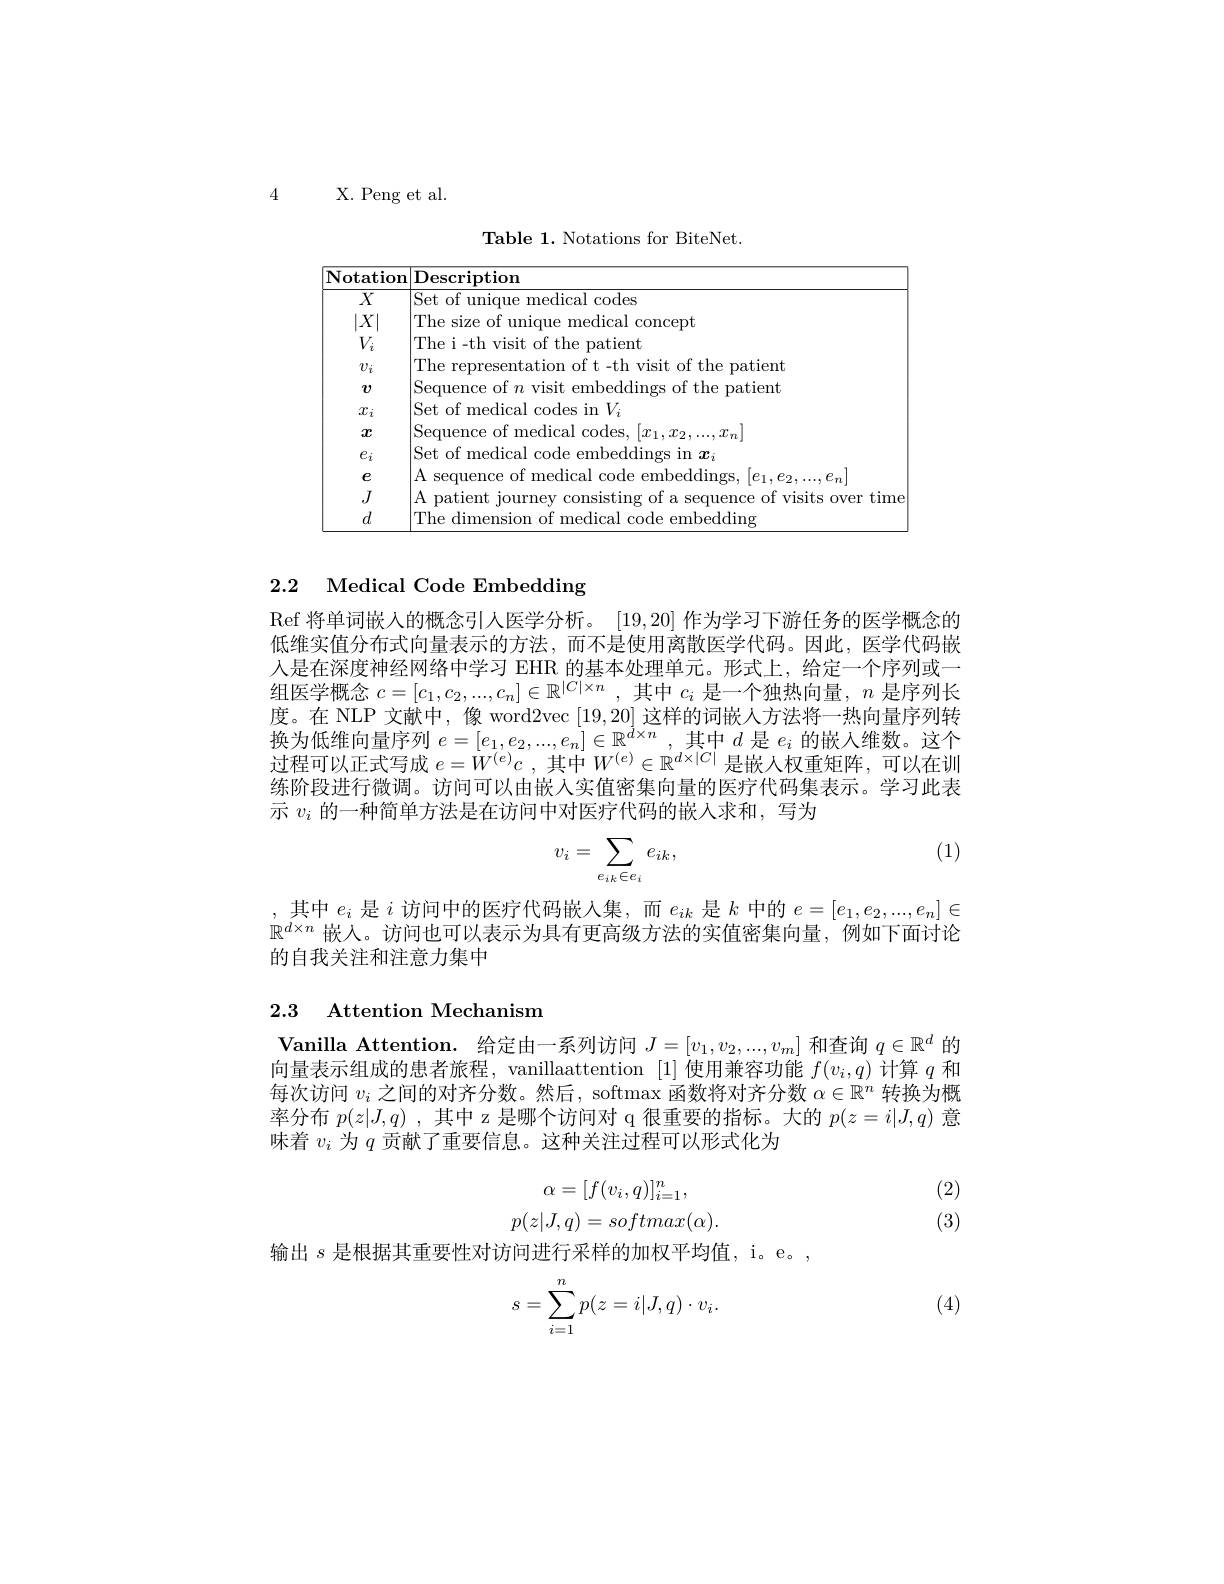
4

X. Peng et al.

Table 1. Notations for BiteNet.

<table>
	<tbody>
		<tr>
			<th>Notation</th>
			<th>Description</th>
		</tr>
		<tr>
			<td>$\overline{X}$</td>
			<td>Set of unique medica ${\mathrm{l~codes}}$</td>
		</tr>
		<tr>
			<td>$|X$</td>
			<td>The size $\operatorname{concept}$</td>
		</tr>
		<tr>
			<td>$V_{i}$</td>
			<td>The i-th visit ofthe patient</td>
		</tr>
		<tr>
			<td>$v_i$</td>
			<td>Th$\epsilon$ ntation of t. $\pm$th 71511 of the patient</td>
		</tr>
		<tr>
			<td>$v$</td>
			<td>sequenc V1s11 $\operatorname{ddings}$ of the patient</td>
		</tr>
		<tr>
			<td>$x_i$</td>
			<td>Set of medical codes in $V_{i}$</td>
		</tr>
		<tr>
			<td>$x$</td>
			<td>sen116 codes</td>
		</tr>
		<tr>
			<td>$e_i$</td>
			<td>Set of medical ${\mathrm{hbeddings~in~}}x_{i}$</td>
		</tr>
		<tr>
			<td>$e$</td>
			<td>SPO11F</td>
		</tr>
		<tr>
			<td>$J$</td>
			<td>natient MITYE Ser 0ver time</td>
		</tr>
		<tr>
			<td>$d$</td>
			<td>Fhe dimer embedding</td>
		</tr>
	</tbody>
</table>

### 2.2 Medical Code Embedding

Ref 将单词嵌人的概念引人医学分析。[19,20]作为学习下游任务的医学概念的低维实值分布式向量表示的方法，而不是使用离散医学代码。因此，医学代码嵌人是在深度神经网络中学习 EHR 的基本处理单元。形式上，给定一个序列或一组医学概念$c=[c_1,c_2,...,c_n]\in\mathbb{R}^{|C|\times n}$,其中$c_i$是一个独热向量，$n$是序列长度。在 NLP 文献中，像 word2vec [19,20] 这样的词嵌人方法将一热向量序列转换为低维向量序列$e=[e_1,e_2,...,e_n]\in\mathbb{R}^{d\times n}$,其中$d$是$e_i$的嵌入维数。这个过程可以正式写成$e= W^( e) c$ ,其中$W^(e)\in\mathbb{R}^d\times|C|$是嵌入权重矩阵，可以在训练阶段进行微调。访问可以由嵌入实值密集向量的医疗代码集表示。学习此表示$v_i$的一种简单方法是在访问中对医疗代码的嵌入求和，写为

(1)
$$v_i=\sum_{e_{ik}\in e_i}e_{ik},$$
,其中$e_i$是$i$访问中的医疗代码嵌入集，而$e_ik$是$k$中的$e=[e_1,e_2,...,e_n]\in$ $\mathbb{R}^{d\times n}$嵌人。访问也可以表示为具有更高级方法的实值密集向量，例如下面讨论的自我关注和注意力集中

## 2.3 Attention Mechanism

Vanilla Attention. 给定由一系列访问$J=[v_1,v_2,...,v_m]$和查询$q\in\mathbb{R}^d$的向量表示组成的患者旅程，vanillaattention $[1]\ddot{\text{使用兼容功能 }f}(v_i,q)$计算$q$和每次访问$v_i$之间的对齐分数。然后，softmax 函数将对齐分数$\alpha\in\mathbb{R}^n$转换为概率分布$p(z|J,q)$ ,其中 z 是哪个访问对 q 很重要的指标。大的$p(z=i|J,q)$意味着$v_i$为$q$贡献了重要信息。这种关注过程可以形式化为

(2)
$$\alpha=[f(v_{i},q)]_{i=1}^{n},\\p(z|J,q)=softmax(\alpha).$$
(3)

输出$s$是根据其重要性对访问进行采样的加权平均值，i。e。,

(4)
$$\begin{aligned}s=\sum_{i=1}^np(z=i|J,q)\cdot v_i.\end{aligned}$$